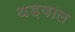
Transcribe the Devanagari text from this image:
थड़वाल